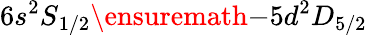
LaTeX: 6s{^{2}S}_{1/2}\ensuremath{-}5d{^{2}D}_{5/2}